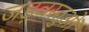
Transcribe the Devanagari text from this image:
जड़वस्तुओं